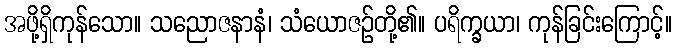
အဖို့ရှိကုန်သော။ သညောဇနာနံ၊ သံယောဇဉ်တို့၏။ ပရိက္ခယာ၊ ကုန်ခြင်းကြောင့်။